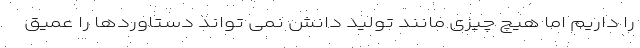
را داریم اما هیچ چیزی مانند تولید دانش نمی تواند دستاوردها را عمیق